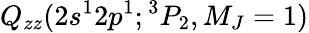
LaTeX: Q_{zz}(2s^{1}2p^{1};{^3P_{2},M_{J}=1})